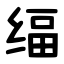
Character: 䌿